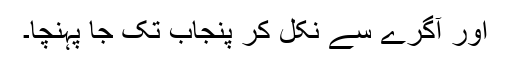
اور آگرے سے نکل کر پنجاب تک جا پہنچا۔